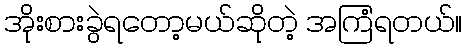
အိုးစားခွဲရတော့မယ်ဆိုတဲ့ အကြံရတယ်။